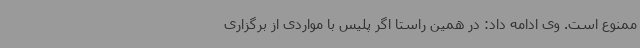
ممنوع است. وی ادامه داد: در همین راستا اگر پلیس با مواردی از برگزاری